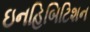
ઇનહિબિટિશન